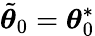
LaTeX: \tilde{{\boldsymbol{\theta}}}_{0}={\boldsymbol{\theta}}_{0}^{*}